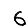
Digit: 6